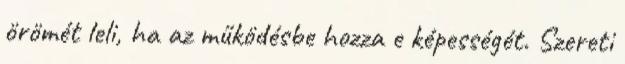
örömét leli, ha az működésbe hozza e képességét. Szereti